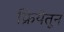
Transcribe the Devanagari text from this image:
क्रियेतून